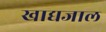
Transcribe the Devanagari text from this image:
खाद्यजाल